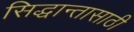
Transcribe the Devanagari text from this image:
सिद्धान्तासाठी